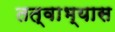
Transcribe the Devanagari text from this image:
तत्वाभ्यास